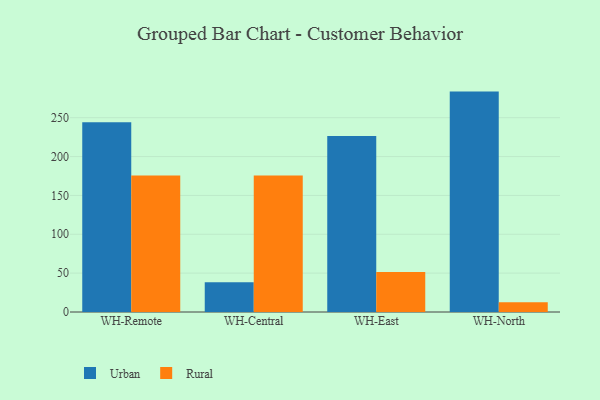
{"axis": {"x": "Warehouse", "y": "Latency (ms)"}, "legend": ["Rural", "Urban"], "data": [{"x": "WH-Remote", "y": 244.3, "type": "Urban"}, {"x": "WH-Remote", "y": 175.8, "type": "Rural"}, {"x": "WH-Central", "y": 38.4, "type": "Urban"}, {"x": "WH-Central", "y": 175.7, "type": "Rural"}, {"x": "WH-East", "y": 226.6, "type": "Urban"}, {"x": "WH-East", "y": 51.6, "type": "Rural"}, {"x": "WH-North", "y": 283.6, "type": "Urban"}, {"x": "WH-North", "y": 12.5, "type": "Rural"}]}